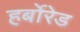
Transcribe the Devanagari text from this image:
हर्बोरेड